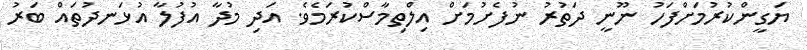
ޔަގީންކުރުމަށްފަހު ނޫނީ ދަތުރު ނުފެށުމަށް އިލްތިމާސްކުރަމެވެ. އަދި މުދާ އުފުލާ އުޅަނދުތައް ބަރު